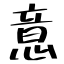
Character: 意